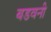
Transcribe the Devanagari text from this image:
बडवनी